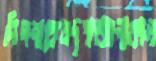
গিগনাকেরদৃশ্যতঃলাফাল